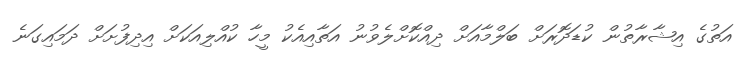
އަތުގެ އިޝާރާތުން ކުޑަދޮރަށް ބަލްމާއަށް ދިއްކޮށްލެވުނު އަތާއިއެކު މީހާ ކުއްލިއަކަށް އިދިފުށަށް ދަމައިގަނެ